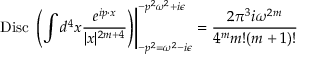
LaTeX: \left. \mathrm { D i s c } \; \left( \int d ^ { 4 } x { \frac { e ^ { i p \cdot x } } { | x | ^ { 2 m + 4 } } } \right) \right| _ { - p ^ { 2 } = \omega ^ { 2 } - i \epsilon } ^ { - p ^ { 2 } \omega ^ { 2 } + i \epsilon } = { \frac { 2 \pi ^ { 3 } i \omega ^ { 2 m } } { 4 ^ { m } m ! ( m + 1 ) ! } }